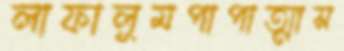
লাফালুমপাপাত্মাস